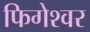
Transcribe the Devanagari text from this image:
फिगेश्वर